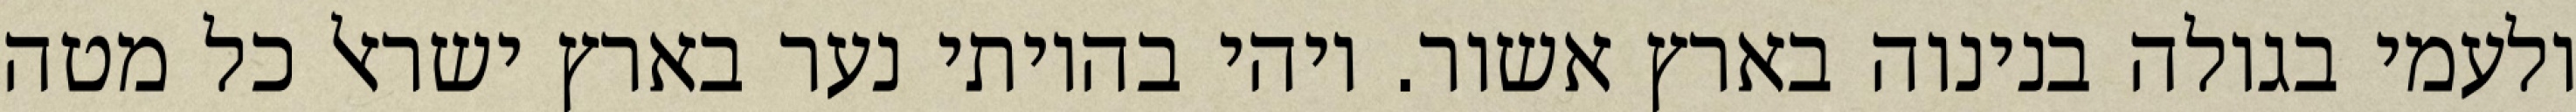
ולעמי בגולה בנינוה בארץ אשור. ויהי בהיותי נער בארץ ישראל כל מטה